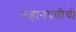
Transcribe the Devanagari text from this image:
लहानपणीची